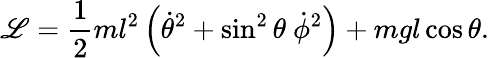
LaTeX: \mathscr{L}={\frac{{1}}{{2}}}ml^{2}\left({\dot{{\theta}}}^{2}+\sin^{2}\theta\ {\dot{{\phi}}}^{2}\right)+mgl\cos\theta.